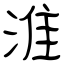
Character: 淮